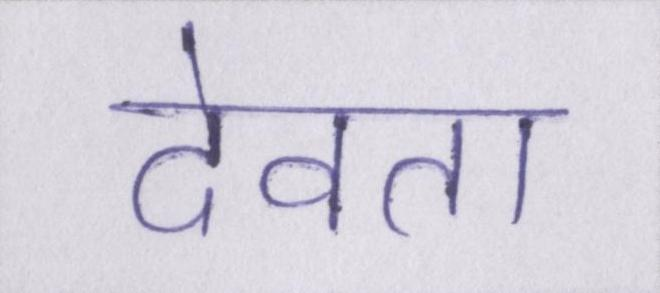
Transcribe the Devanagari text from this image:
देवता